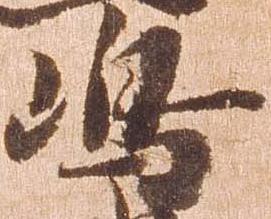
嶋